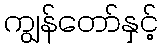
ကျွန်တော်နှင့်